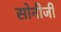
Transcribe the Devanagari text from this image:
सोनीजी